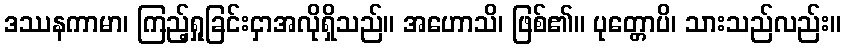
ဒဿနကာမာ၊ ကြည့်ရှုခြင်းငှာအလိုရှိသည်။ အဟောသိ၊ ဖြစ်၏။ ပုတ္တောပိ၊ သားသည်လည်း။